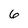
Character: 6